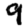
Digit: 9